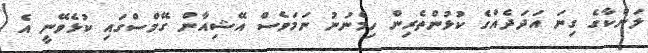
ލަންކާގެ ގިނަ އަދަދެއްގެ ކުޅުންތެރިން ހިމެނުނު ނަމަވެސް އޭޝިއާން ގޭމްސްގައި ކުޅެވޭނީ އެ